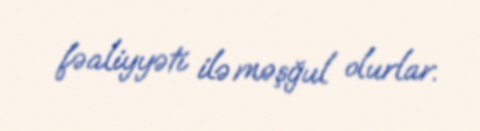
fəaliyyəti ilə məşğul olurlar.